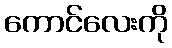
ကောင်လေးကို